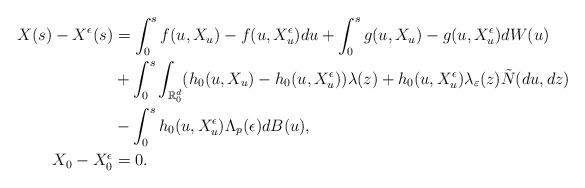
LaTeX: \begin{align*}X(s)-X^{\epsilon}(s)&=\int_0^s f(u,X_u)-f(u,X_u^{\epsilon}) du+ \int_0^s g(u,X_u)-g(u,X_u^{\epsilon})dW(u)\\&+\int_0^s \int_{\mathbb R_0^d}(h_0(u,X_u)-h_0(u,X_u^{\epsilon}))\lambda(z)+ h_0(u,X^{\epsilon}_{u})\lambda_{\varepsilon}(z) \tilde{N}(du,dz)\\&- \int_0^s h_0(u,X_{u}^{\epsilon})\Lambda_p(\epsilon) dB(u),\\X_0-X_0^{{\epsilon}}&= 0.\end{align*}